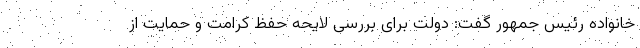
خانواده رئیس جمهور گفت: دولت برای بررسی لایحه حفظ کرامت و حمایت از